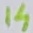
Text: 14